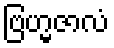
ဗြဟ္မဇာလံ